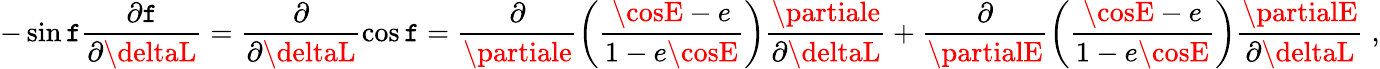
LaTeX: -\sin\mathtt{f}\frac{{\partial\mathtt{f}}}{{\partial\deltaL}}=\frac{{\partial}}{{\partial\deltaL}}\cos\mathtt{f}=\frac{{\partial}}{{\partiale}}\left(\frac{{\cosE-e}}{{1-e\cosE}}\right)\frac{{\partiale}}{{\partial\deltaL}}+\frac{{\partial}}{{\partialE}}\left(\frac{{\cosE-e}}{{1-e\cosE}}\right)\frac{{\partialE}}{{\partial\deltaL}}\; ,